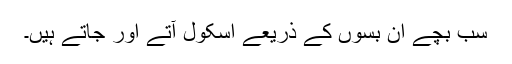
سب بچے ان بسوں کے ذریعے اسکول آتے اور جاتے ہیں۔